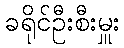
ခရိုင်ဦးစီးမှူး